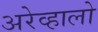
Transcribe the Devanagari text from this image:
अरेव्हालो